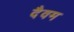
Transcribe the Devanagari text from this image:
दैवम